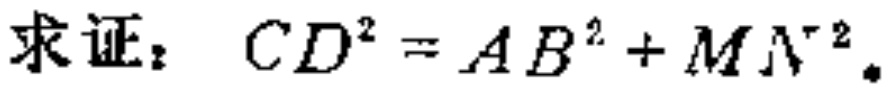
求证：\(CD^{2}=AB^{2}+MN^{2}\)。